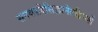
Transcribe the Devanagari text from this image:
सनकादिसिद्धानेतद्विमर्शे